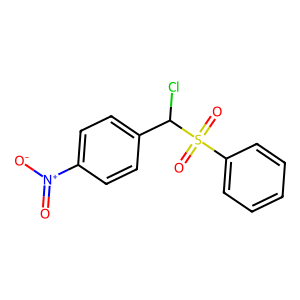
SMILES: O=[N+]([O-])c1ccc(C(Cl)S(=O)(=O)c2ccccc2)cc1
Inhibits HIV replication: No